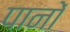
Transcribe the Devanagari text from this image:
पानों